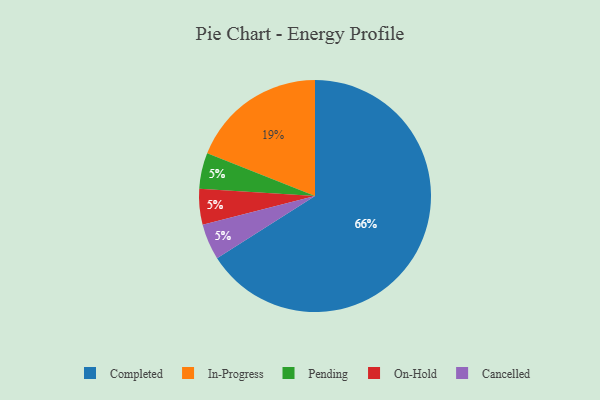
{"axis": {"x": "Category", "y": "Percentage"}, "legend": ["Cancelled", "Completed", "In-Progress", "On-Hold", "Pending"], "data": [{"x": "In-Progress", "y": 19, "type": "In-Progress"}, {"x": "Pending", "y": 5, "type": "Pending"}, {"x": "On-Hold", "y": 5, "type": "On-Hold"}, {"x": "Completed", "y": 66, "type": "Completed"}, {"x": "Cancelled", "y": 5, "type": "Cancelled"}]}